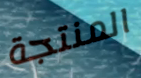
المنتجة